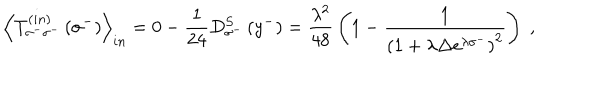
{ \left< T _ { \sigma ^ { - } \sigma ^ { - } } ^ { \left( i n \right) } \left( \sigma ^ { - } \right) \right> } _ { i n } = 0 - { \frac { 1 } { 2 4 } } D _ { \sigma ^ { - } } ^ { S } \left( y ^ { - } \right) = { \frac { \lambda ^ { 2 } } { 4 8 } } \left( 1 - { \frac { 1 } { { \left( 1 + \lambda \Delta e ^ { \lambda \sigma ^ { - } } \right) } ^ { 2 } } } \right) \; ,